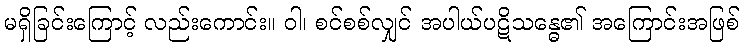
မရှိခြင်းကြောင့် လည်းကောင်း။ ဝါ၊ စင်စစ်လျှင် အပါယ်ပဋိသန္ဓေ၏ အကြောင်းအဖြစ်